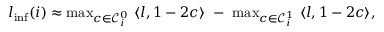
\begin{array} { r } { \boldsymbol { l } _ { \mathrm { i n f } } ( i ) \approx \operatorname * { m a x } _ { \boldsymbol { c } \in \mathcal { C } _ { i } ^ { 0 } } ~ \langle \boldsymbol { l } , 1 - 2 { \boldsymbol { c } } \rangle ~ - ~ \operatorname * { m a x } _ { \boldsymbol { c } \in \mathcal { C } _ { i } ^ { 1 } } ~ \langle \boldsymbol { l } , 1 - 2 { \boldsymbol { c } } \rangle , } \end{array}